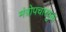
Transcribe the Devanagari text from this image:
मंत्रोपचारयुक्त